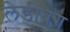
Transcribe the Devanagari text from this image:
लेडीबग